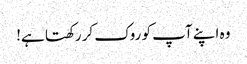
وہ اپنے آپ کو روک کر رکھتا ہے!